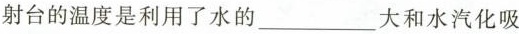
射台的温度是利用了水的____大和水汽化吸